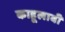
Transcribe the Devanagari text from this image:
काहूलावी